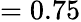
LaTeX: =0.75